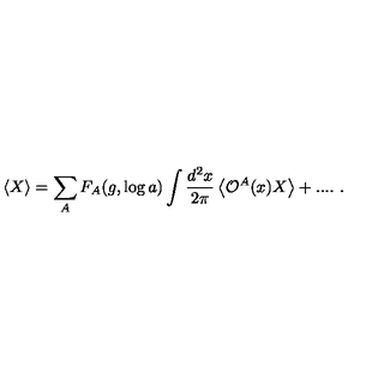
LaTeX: \left\langle X \right\rangle = \sum _ { A } F _ { A } ( g , \log a ) \int \frac { d ^ { 2 } x } { 2 \pi } \left\langle { \cal O } ^ { A } ( x ) X \right\rangle + . . . . \ .